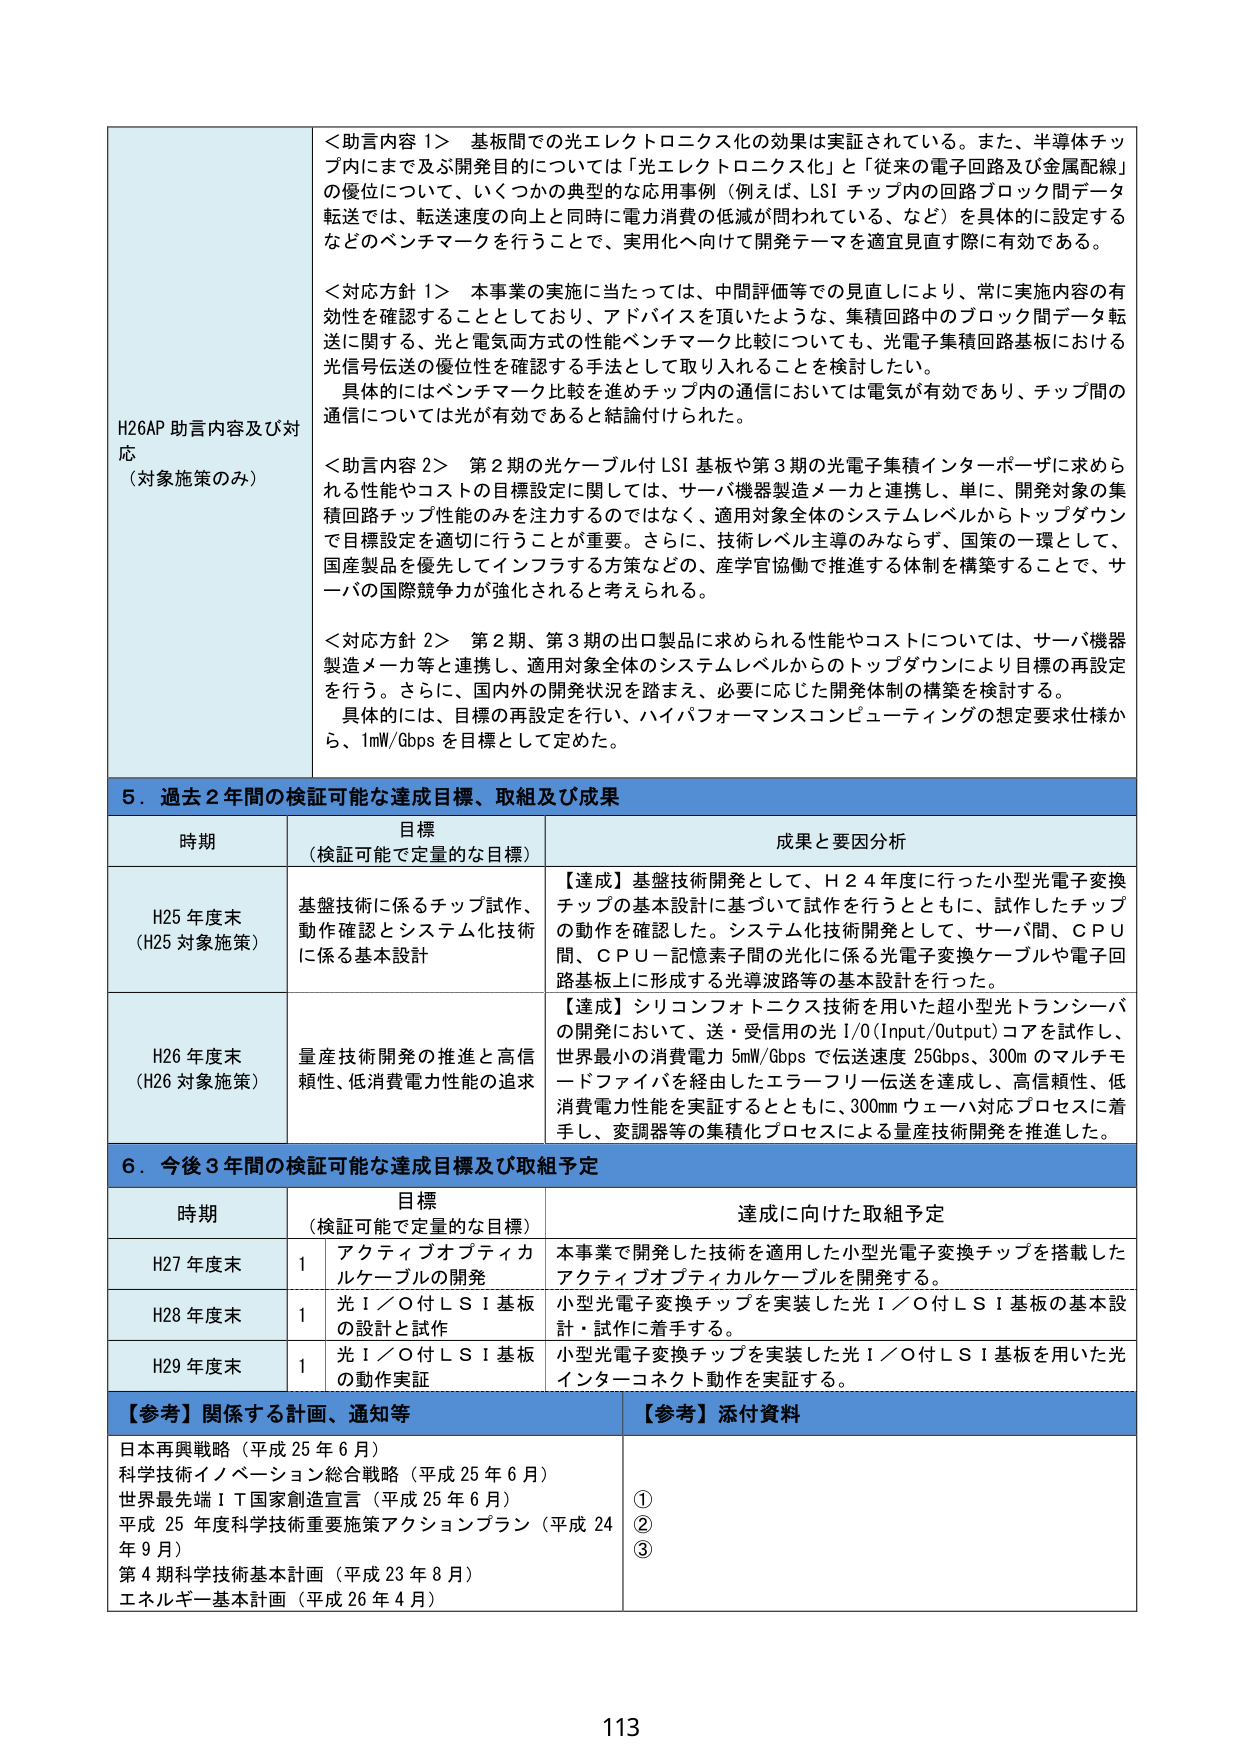
H26AP 助言内容及び対応
（対象施策のみ）

＜助言内容 1＞ 基板間での光エレクトロニクス化の効果は実証されている。また、半導体チップ内にまで及ぶ開発目的については「光エレクトロニクス化」と「従来の電子回路及び金属配線」の優位性について、いくつかの典型的な応用事例（例えば、LSI チップ内の回路ブロック間データ転送では、転送速度の向上と同時に電力消費の低減が問われている、など）を具体的に設定するなどのベンチマークを行うことで、実用化へ向けて開発テーマを適宜見直す際に有効である。

＜対応方針 1＞ 本事業の実施に当たっては、中間評価等での見直しにより、常に実施内容の有効性を確認することとしており、アドバイスを頂いたような、集積回路中のブロック間データ転送に関する、光と電気両方式の性能ベンチマーク比較についても、光電子集積回路基板における光信号伝送の優位性を確認する手法として取り入れることを検討したい。
具体的にはベンチマーク比較を進めチップ内の通信においては電気が有効であり、チップ間の通信については光が有効であると結論付けられた。

＜助言内容 2＞ 第 2 期の光ケーブル付 LSI 基板や第 3 期の光電子集積インターポーザに求められる性能やコストの目標設定に関しては、サーバ機器製造メーカと連携し、単に、開発対象の集積回路チップ性能のみを注力するのではなく、適用対象全体のシステムレベルからトップダウンで目標設定を適切に行うことが重要。さらに、技術レベル主導のみならず、国策の一環として、国産製品を優先してインフラする方策などの、産学官協働で推進する体制を構築することで、サーバの国際競争力が強化されると考えられる。

＜対応方針 2＞ 第 2 期、第 3 期の出口製品に求められる性能やコストについては、サーバ機器製造メーカ等と連携し、適用対象全体のシステムレベルからのトップダウンにより目標の再設定を行う。さらに、国内外の開発状況を踏まえ、必要に応じた開発体制の構築を検討する。
具体的には、目標の再設定を行い、ハイパフォーマンスコンピューティングの想定要求仕様から、1mW/Gbps を目標として定めた。

5．過去 2 年間の検証可能な達成目標、取組及び成果

時期 | 目標（検証可能で定量的な目標） | 成果と要因分析
--- | --- | ---
H25 年度末（H25 対象施策） | 基盤技術に係るチップ試作、動作確認とシステム化技術に係る基本設計 | 【達成】基盤技術開発として、H 2 4 年度に行った小型光電子変換チップの基本設計に基づいて試作を行うとともに、試作したチップの動作を確認した。システム化技術開発として、サーバ間、ＣＰＵ間、ＣＰＵ－記憶素子間の光化に係る光電子変換ケーブルや電子回路基板上に形成する光導波路等の基本設計を行った。
H26 年度末（H26 対象施策） | 量産技術開発の推進と高信頼性、低消費電力性能の追求 | 【達成】シリコンフォトニクス技術を用いた超小型光トランシーバの開発において、送・受信用の光 I/O (Input/Output) コアを試作し、世界最小の消費電力 5mW/Gbps で伝送速度 25Gbps、300m のマルチモードファイバを経由したエラーフリー伝送を達成し、高信頼性、低消費電力性能を実証するとともに、300mm ウェーハ対応プロセスに着手し、変調器等の集積化プロセスによる量産技術開発を推進した。

6．今後 3 年間の検証可能な達成目標及び取組予定

時期 | 目標（検証可能で定量的な目標） | 達成に向けた取組予定
--- | --- | ---
H27 年度末 | 1 アクティブオプティカルケーブルの開発 | 本事業で開発した技術を適用した小型光電子変換チップを搭載したアクティブオプティカルケーブルを開発する。
H28 年度末 | 1 光 I／O 付 LSI 基板の設計と試作 | 小型光電子変換チップを実装した光 I／O 付 LSI 基板の基本設計・試作に着手する。
H29 年度末 | 1 光 I／O 付 LSI 基板の動作実証 | 小型光電子変換チップを実装した光 I／O 付 LSI 基板を用いた光インターフェクト動作を実証する。

【参考】関係する計画、通知等 | 【参考】添付資料
--- | ---
日本再興戦略（平成 25 年 6 月）
科学技術イノベーション総合戦略（平成 25 年 6 月）
世界最先端 IT 国家創造宣言（平成 25 年 6 月）
平成 25 年度科学技術重要施策アクションプラン（平成 24 年 9 月）
第 4 期科学技術基本計画（平成 23 年 8 月）
エネルギー基本計画（平成 26 年 4 月） | ①
②
③

113